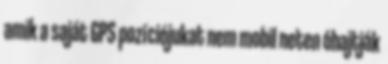
amik a saját GPS pozíciójukat nem mobil neten óhajtják